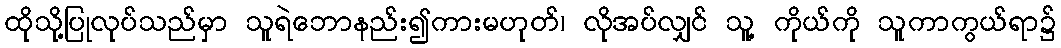
ထိုသို့ပြုလုပ်သည်မှာ သူရဲဘောနည်း၍ကားမဟုတ်၊ လိုအပ်လျှင် သူ့ ကိုယ်ကို သူကာကွယ်ရာ၌